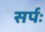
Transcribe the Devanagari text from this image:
सर्पः